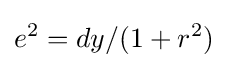
e^{2}=dy/(1+r^{2})